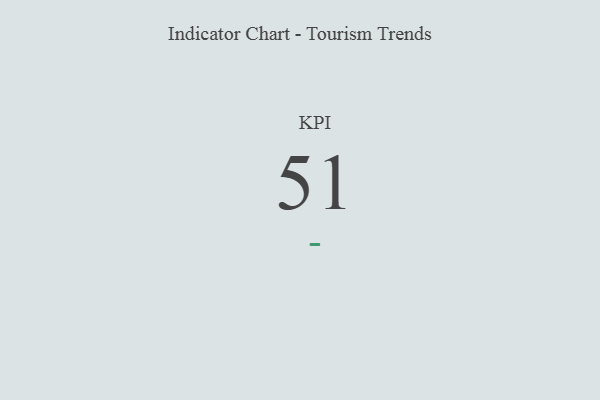
{"axis": {"x": "KPI", "y": "Value"}, "legend": [""], "data": [{"x": "KPI", "y": 51, "type": ""}]}